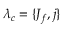
{ \lambda _ { c } } = \{ J _ { f } , j \}